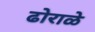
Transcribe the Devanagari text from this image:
ढोराळे